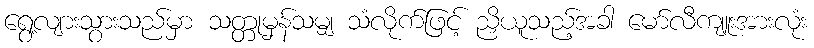
ရွေ့လျားသွားသည်မှာ သတ္တုမှန်သမျှ သံလိုက်ဖြင့် ညှိယူသည့်အခါ မော်လီကျူးအားလုံး